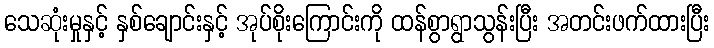
သေဆုံးမှုနှင့် နှစ်ချောင်းနှင့် အုပ်စိုးကြောင်းကို ထန်စွာရွာသွန်းပြီး အတင်းဖက်ထားပြီး